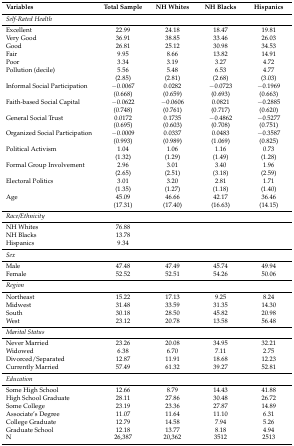
<table><thead><tr><td><b>Variables</b></td><td><b>Total Sample</b></td><td><b>NH Whites</b></td><td><b>NH Blacks</b></td><td><b>Hispanics</b></td></tr></thead><tbody><tr><td><i>Self-Rated Health</i></td><td>[EMPTY_CELL]</td><td>[EMPTY_CELL]</td><td>[EMPTY_CELL]</td><td>[EMPTY_CELL]</td></tr><tr><td>Excellent</td><td>22.99</td><td>24.18</td><td>18.47</td><td>19.81</td></tr><tr><td>Very Good</td><td>36.91</td><td>38.85</td><td>33.46</td><td>26.03</td></tr><tr><td>Good</td><td>26.81</td><td>25.12</td><td>30.98</td><td>34.53</td></tr><tr><td>Fair</td><td>9.95</td><td>8.66</td><td>13.82</td><td>14.91</td></tr><tr><td>Poor</td><td>3.34</td><td>3.19</td><td>3.27</td><td>4.72</td></tr><tr><td>Pollution (decile)</td><td>5.56</td><td>5.48</td><td>6.53</td><td>4.77</td></tr><tr><td>[EMPTY_CELL]</td><td>(2.85)</td><td>(2.81)</td><td>(2.68)</td><td>(3.03)</td></tr><tr><td>Informal Social Participation</td><td>−0.0067</td><td>0.0282</td><td>−0.0723</td><td>−0.1969</td></tr><tr><td>[EMPTY_CELL]</td><td>(0.668)</td><td>(0.659)</td><td>(0.693)</td><td>(0.663)</td></tr><tr><td>Faith-based Social Capital</td><td>−0.0622</td><td>−0.0606</td><td>0.0821</td><td>−0.2885</td></tr><tr><td>[EMPTY_CELL]</td><td>(0.748)</td><td>(0.761)</td><td>(0.717)</td><td>(0.620)</td></tr><tr><td>General Social Trust</td><td>0.0172</td><td>0.1735</td><td>−0.4862</td><td>−0.5277</td></tr><tr><td>[EMPTY_CELL]</td><td>(0.695)</td><td>(0.603)</td><td>(0.708)</td><td>(0.751)</td></tr><tr><td>Organized Social Participation </td><td>−0.0009</td><td>0.0337</td><td>0.0483</td><td>−0.3587</td></tr><tr><td>[EMPTY_CELL]</td><td>(0.993)</td><td>(0.989)</td><td>(1.069)</td><td>(0.825)</td></tr><tr><td>Political Activism </td><td>1.04</td><td>1.06</td><td>1.16</td><td>0.73</td></tr><tr><td>[EMPTY_CELL]</td><td>(1.32)</td><td>(1.29)</td><td>(1.49)</td><td>(1.28)</td></tr><tr><td>Formal Group Involvement</td><td>2.96</td><td>3.01</td><td>3.40</td><td>1.96</td></tr><tr><td>[EMPTY_CELL]</td><td>(2.65)</td><td>(2.51)</td><td>(3.18)</td><td>(2.59)</td></tr><tr><td>Electoral Politics</td><td>3.01</td><td>3.20</td><td>2.81</td><td>1.71</td></tr><tr><td>[EMPTY_CELL]</td><td>(1.35)</td><td>(1.27)</td><td>(1.18)</td><td>(1.40)</td></tr><tr><td>Age</td><td>45.09</td><td>46.66</td><td>42.17</td><td>36.46</td></tr><tr><td>[EMPTY_CELL]</td><td>(17.31)</td><td>(17.40)</td><td>(16.63)</td><td>(14.15)</td></tr><tr><td><i>Race/Ethnicity</i></td><td>[EMPTY_CELL]</td><td>[EMPTY_CELL]</td><td>[EMPTY_CELL]</td><td>[EMPTY_CELL]</td></tr><tr><td>NH Whites</td><td>76.88</td><td>[EMPTY_CELL]</td><td>[EMPTY_CELL]</td><td>[EMPTY_CELL]</td></tr><tr><td>NH Blacks</td><td>13.78</td><td>[EMPTY_CELL]</td><td>[EMPTY_CELL]</td><td>[EMPTY_CELL]</td></tr><tr><td>Hispanics</td><td>9.34</td><td>[EMPTY_CELL]</td><td>[EMPTY_CELL]</td><td>[EMPTY_CELL]</td></tr><tr><td><i>Sex</i></td><td>[EMPTY_CELL]</td><td>[EMPTY_CELL]</td><td>[EMPTY_CELL]</td><td>[EMPTY_CELL]</td></tr><tr><td>Male</td><td>47.48</td><td>47.49</td><td>45.74</td><td>49.94</td></tr><tr><td>Female</td><td>52.52</td><td>52.51</td><td>54.26</td><td>50.06</td></tr><tr><td><i>Region</i></td><td>[EMPTY_CELL]</td><td>[EMPTY_CELL]</td><td>[EMPTY_CELL]</td><td>[EMPTY_CELL]</td></tr><tr><td>Northeast</td><td>15.22</td><td>17.13</td><td>9.25</td><td>8.24</td></tr><tr><td>Midwest</td><td>31.48</td><td>33.59</td><td>31.35</td><td>14.30</td></tr><tr><td>South</td><td>30.18</td><td>28.50</td><td>45.82</td><td>20.98</td></tr><tr><td>West</td><td>23.12</td><td>20.78</td><td>13.58</td><td>56.48</td></tr><tr><td><i>Marital Status</i></td><td>[EMPTY_CELL]</td><td>[EMPTY_CELL]</td><td>[EMPTY_CELL]</td><td>[EMPTY_CELL]</td></tr><tr><td>Never Married</td><td>23.26</td><td>20.08</td><td>34.95</td><td>32.21</td></tr><tr><td>Widowed</td><td>6.38</td><td>6.70</td><td>7.11</td><td>2.75</td></tr><tr><td>Divorced/Separated</td><td>12.87</td><td>11.91</td><td>18.68</td><td>12.23</td></tr><tr><td>Currently Married</td><td>57.49</td><td>61.32</td><td>39.27</td><td>52.81</td></tr><tr><td><i>Education</i></td><td>[EMPTY_CELL]</td><td>[EMPTY_CELL]</td><td>[EMPTY_CELL]</td><td>[EMPTY_CELL]</td></tr><tr><td>Some High School</td><td>12.66</td><td>8.79</td><td>14.43</td><td>41.88</td></tr><tr><td>High School Graduate</td><td>28.11</td><td>27.86</td><td>30.48</td><td>26.72</td></tr><tr><td>Some College</td><td>23.19</td><td>23.36</td><td>27.87</td><td>14.89</td></tr><tr><td>Associate’s Degree</td><td>11.07</td><td>11.64</td><td>11.10</td><td>6.31</td></tr><tr><td>College Graduate</td><td>12.79</td><td>14.58</td><td>7.94</td><td>5.26</td></tr><tr><td>Graduate School</td><td>12.18</td><td>13.77</td><td>8.18</td><td>4.94</td></tr><tr><td>N</td><td>26,387</td><td>20,362</td><td>3512</td><td>2513</td></tr></tbody></table>